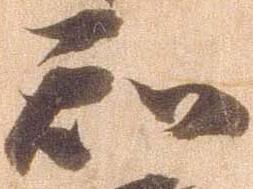
知